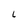
Character: L